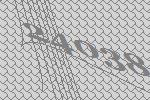
24038